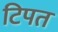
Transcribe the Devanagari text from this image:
टिपत